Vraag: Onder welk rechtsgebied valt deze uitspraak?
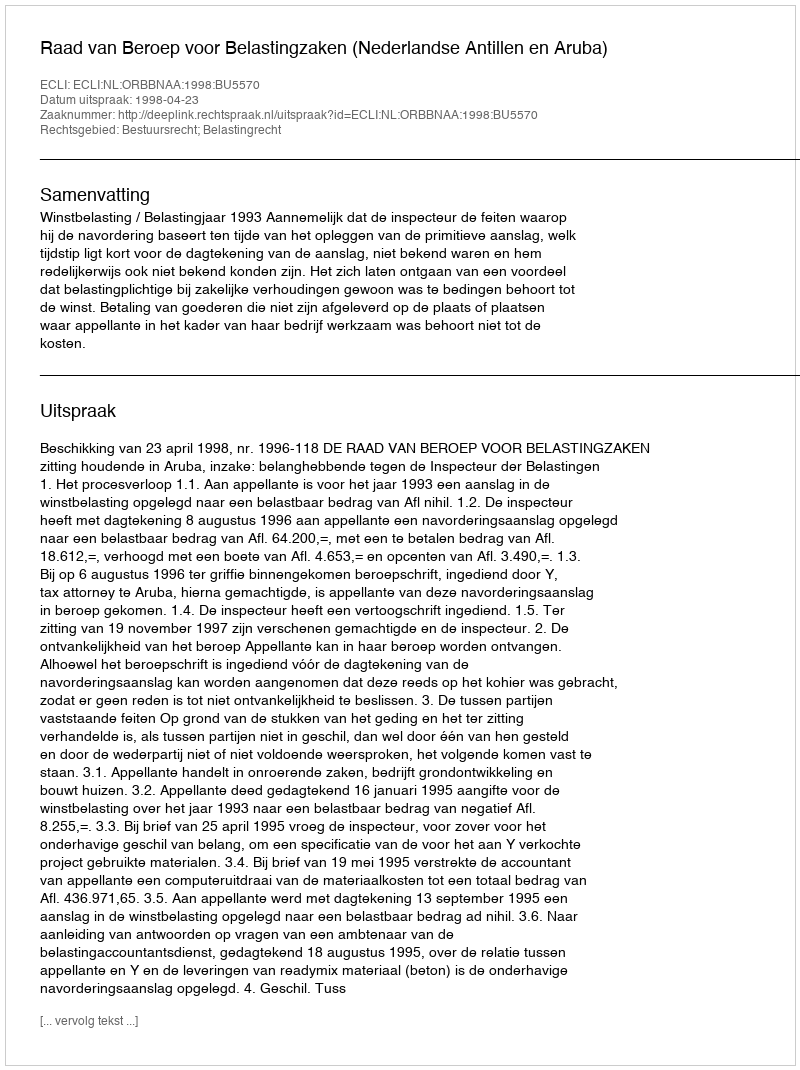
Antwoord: Bestuursrecht; Belastingrecht